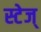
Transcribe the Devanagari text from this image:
स्टेज्